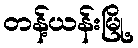
တန့်ယန်းမြို့